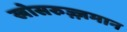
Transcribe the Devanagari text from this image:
खोसरुज़्ज़मान